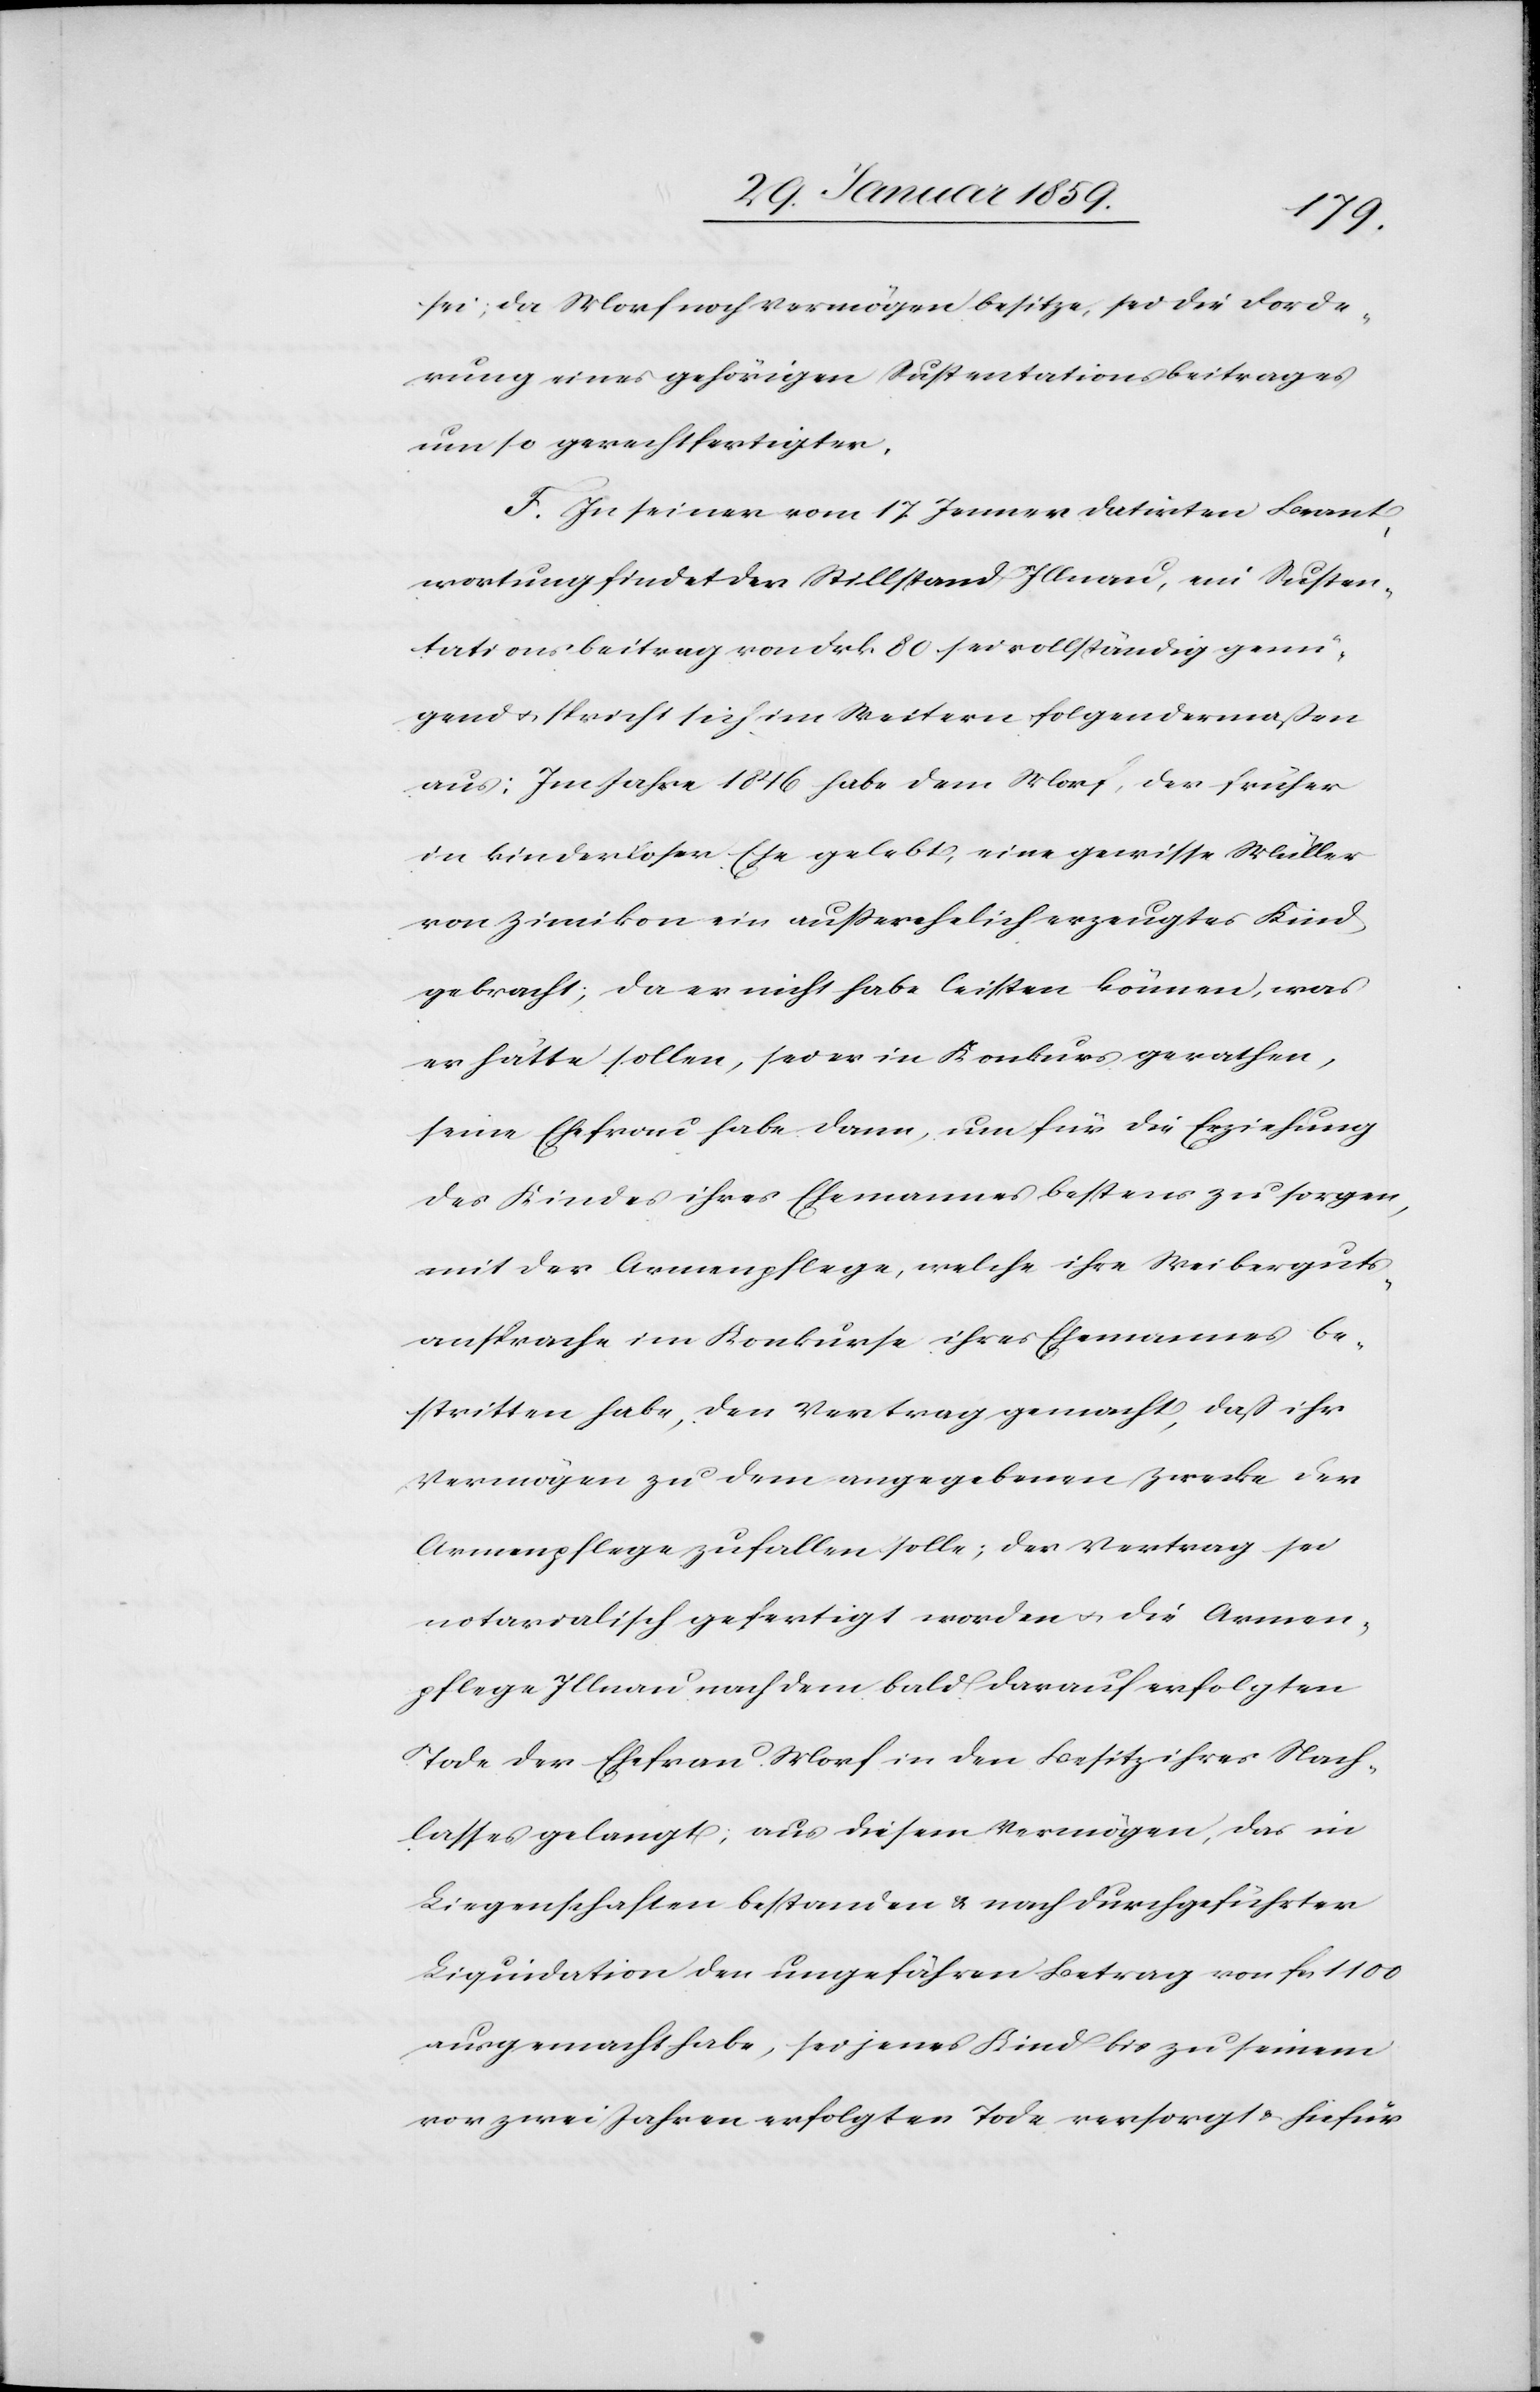
sei; da Morf noch Vermögen besitze, sei die Forde¬
rung eines gehörigen Sustentationsbeitrages
um so gerechtfertigter.
F. In seiner vom 17 Januar datirten, Beant¬
wortung findet der Stillstand Illnau, ein Susten¬
tationsbeitrag von Frk 80 sei vollständig genü¬
gend u. spricht sich im Weitern folgendermaßen
aus: Im Jahre 1846 habe dem Morf, der früher
in kinderloser Ehe gelebt, eine gewisse Müller
von Zimikon ein außerehelich erzeugtes Kind
gebracht; da er nicht habe leisten können, was
er hätte sollen, sei er in Konkurs gerathen,
seine Ehefrau habe dann, um für die Erziehung
des Kindes ihres Ehemannes bestens zu sorgen,
mit der Armenpflege, welche ihre Weiberguts¬
ansprache im Konkurse ihres Ehemannes be¬
stritten habe, den Vertrag gemacht, daß ihr
Vermögen zu dem angegebenen Zwecke der
Armenpflege zufallen solle; der Vertrag sei
notarialisch gefertigt worden u. die Armen¬
pflege Illnau nach dem bald darauf erfolgten
Tode der Ehefrau Morf in den Besitz ihres Nach¬
lasses gelangt; aus diesem Vermögen, das in
Liegenschaften bestanden & nach durchgeführter
Liquidation den ungefähren Betrag von fcs 1100
ausgemacht habe, sei jenes Kind bis zu seinem
vor zwei Jahren erfolgten Tode versorgt u. hiefür